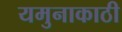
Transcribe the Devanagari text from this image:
यमुनाकाठी